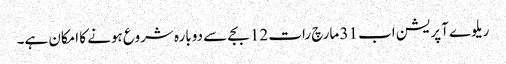
ریلوے آپریشن اب 31 مارچ رات 12 بجے سے دوبارہ شروع ہونے کا امکان ہے۔